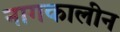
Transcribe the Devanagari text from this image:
नागकालीन